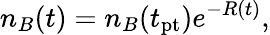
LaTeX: n_{B}(t)=n_{B}(t_{\mathrm{pt}})e^{-R(t)},